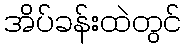
အိပ်ခန်းထဲတွင်